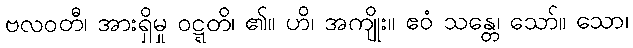
ဗလဝတီ၊ အားရှိမှု ဝဋ္ဋတိ၊ ၏။ ဟိ၊ အကျိုး။ ဧဝံ သန္တေ၊ သော်။ သော၊